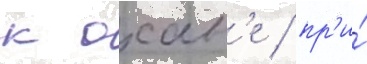
к охан'е / пр'и́